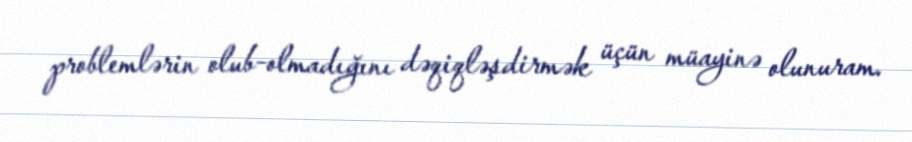
problemlərin olub-olmadığını dəqiqləşdirmək üçün müayinə olunuram.